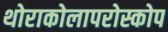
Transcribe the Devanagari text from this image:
थोराकोलापरोस्कोप